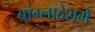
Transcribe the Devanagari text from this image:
बांग्लादेशमें